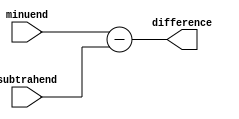
module Behavioral_Subtractor (
    input [3:0] minuend,
    input [3:0] subtrahend,
    output reg [3:0] difference
);

always @* begin
    difference = minuend - subtrahend;
end

endmodule